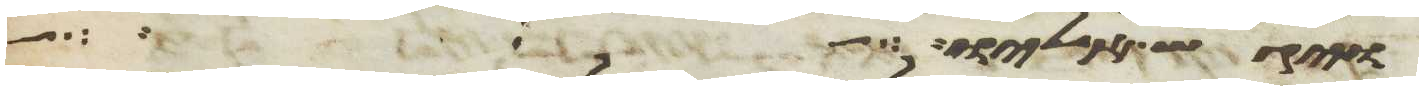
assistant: ויגש אליו וישלח